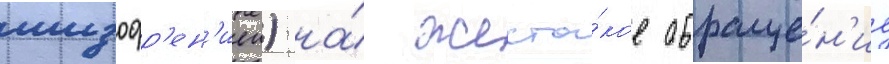
шизофр'ен'иеи) на́ жесто́кое обраще́н'ие